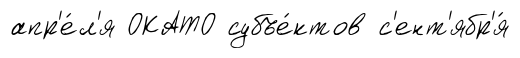
апр'е́л'я ОКАТО субъе́ктов с'ент'ябр'я́